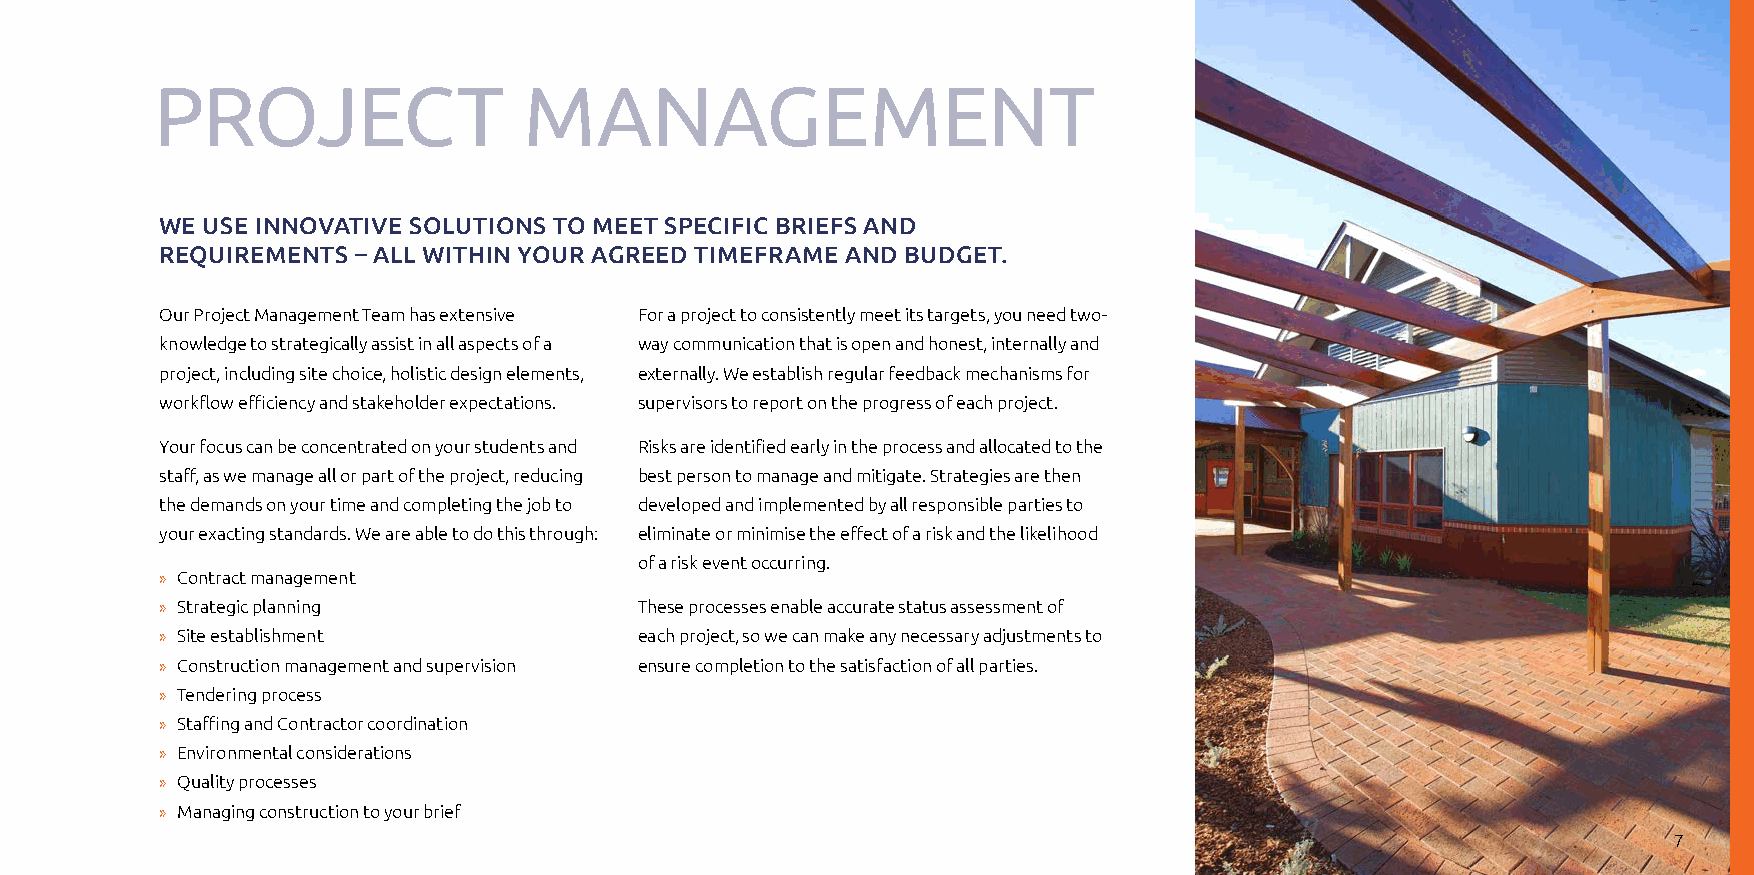
ProJeCT                  MaNaGeMeNT
 WE USE INNOVATIVE SOLUTIONS TO MEET SPECIFIC BRIEFS AND
 REQUIREMENTS – ALL WITHIN YOUR AGREED TIMEFRAME AND BUDGET.
 Our Project Management Team has extensive For a project to consistently meet its targets, you need two-
 knowledge to strategically assist in all aspects of a way communication that is open and honest, internally and
 project, including site choice, holistic design elements, externally. We establish regular feedback mechanisms for
 workflow efficiency and stakeholder expectations. supervisors to report on the progress of each project.
 Your focus can be concentrated on your students and Risks are identified early in the process and allocated to the
 staff, as we manage all or part of the project, reducing best person to manage and mitigate. Strategies are then
 the demands on your time and completing the job to developed and implemented by all responsible parties to
 your exacting standards. We are able to do this through: eliminate or minimise the effect of a risk and the likelihood
 of a risk event occurring.
 » Contract management
 » Strategic planning           These processes enable accurate status assessment of
 » Site establishment           each project, so we can make any necessary adjustments to
 » Construction management and supervision ensure completion to the satisfaction of all parties.
 » Tendering process
 » Staffing and Contractor coordination
 » Environmental considerations
 » Quality processes
 » Managing construction to your brief
 7